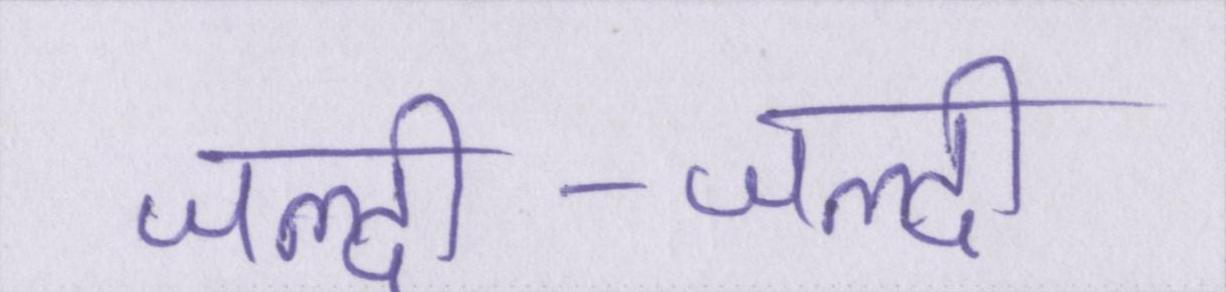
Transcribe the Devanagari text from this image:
जल्दी-जल्दी